Leningradi_Edasi_toimetus, lk 72
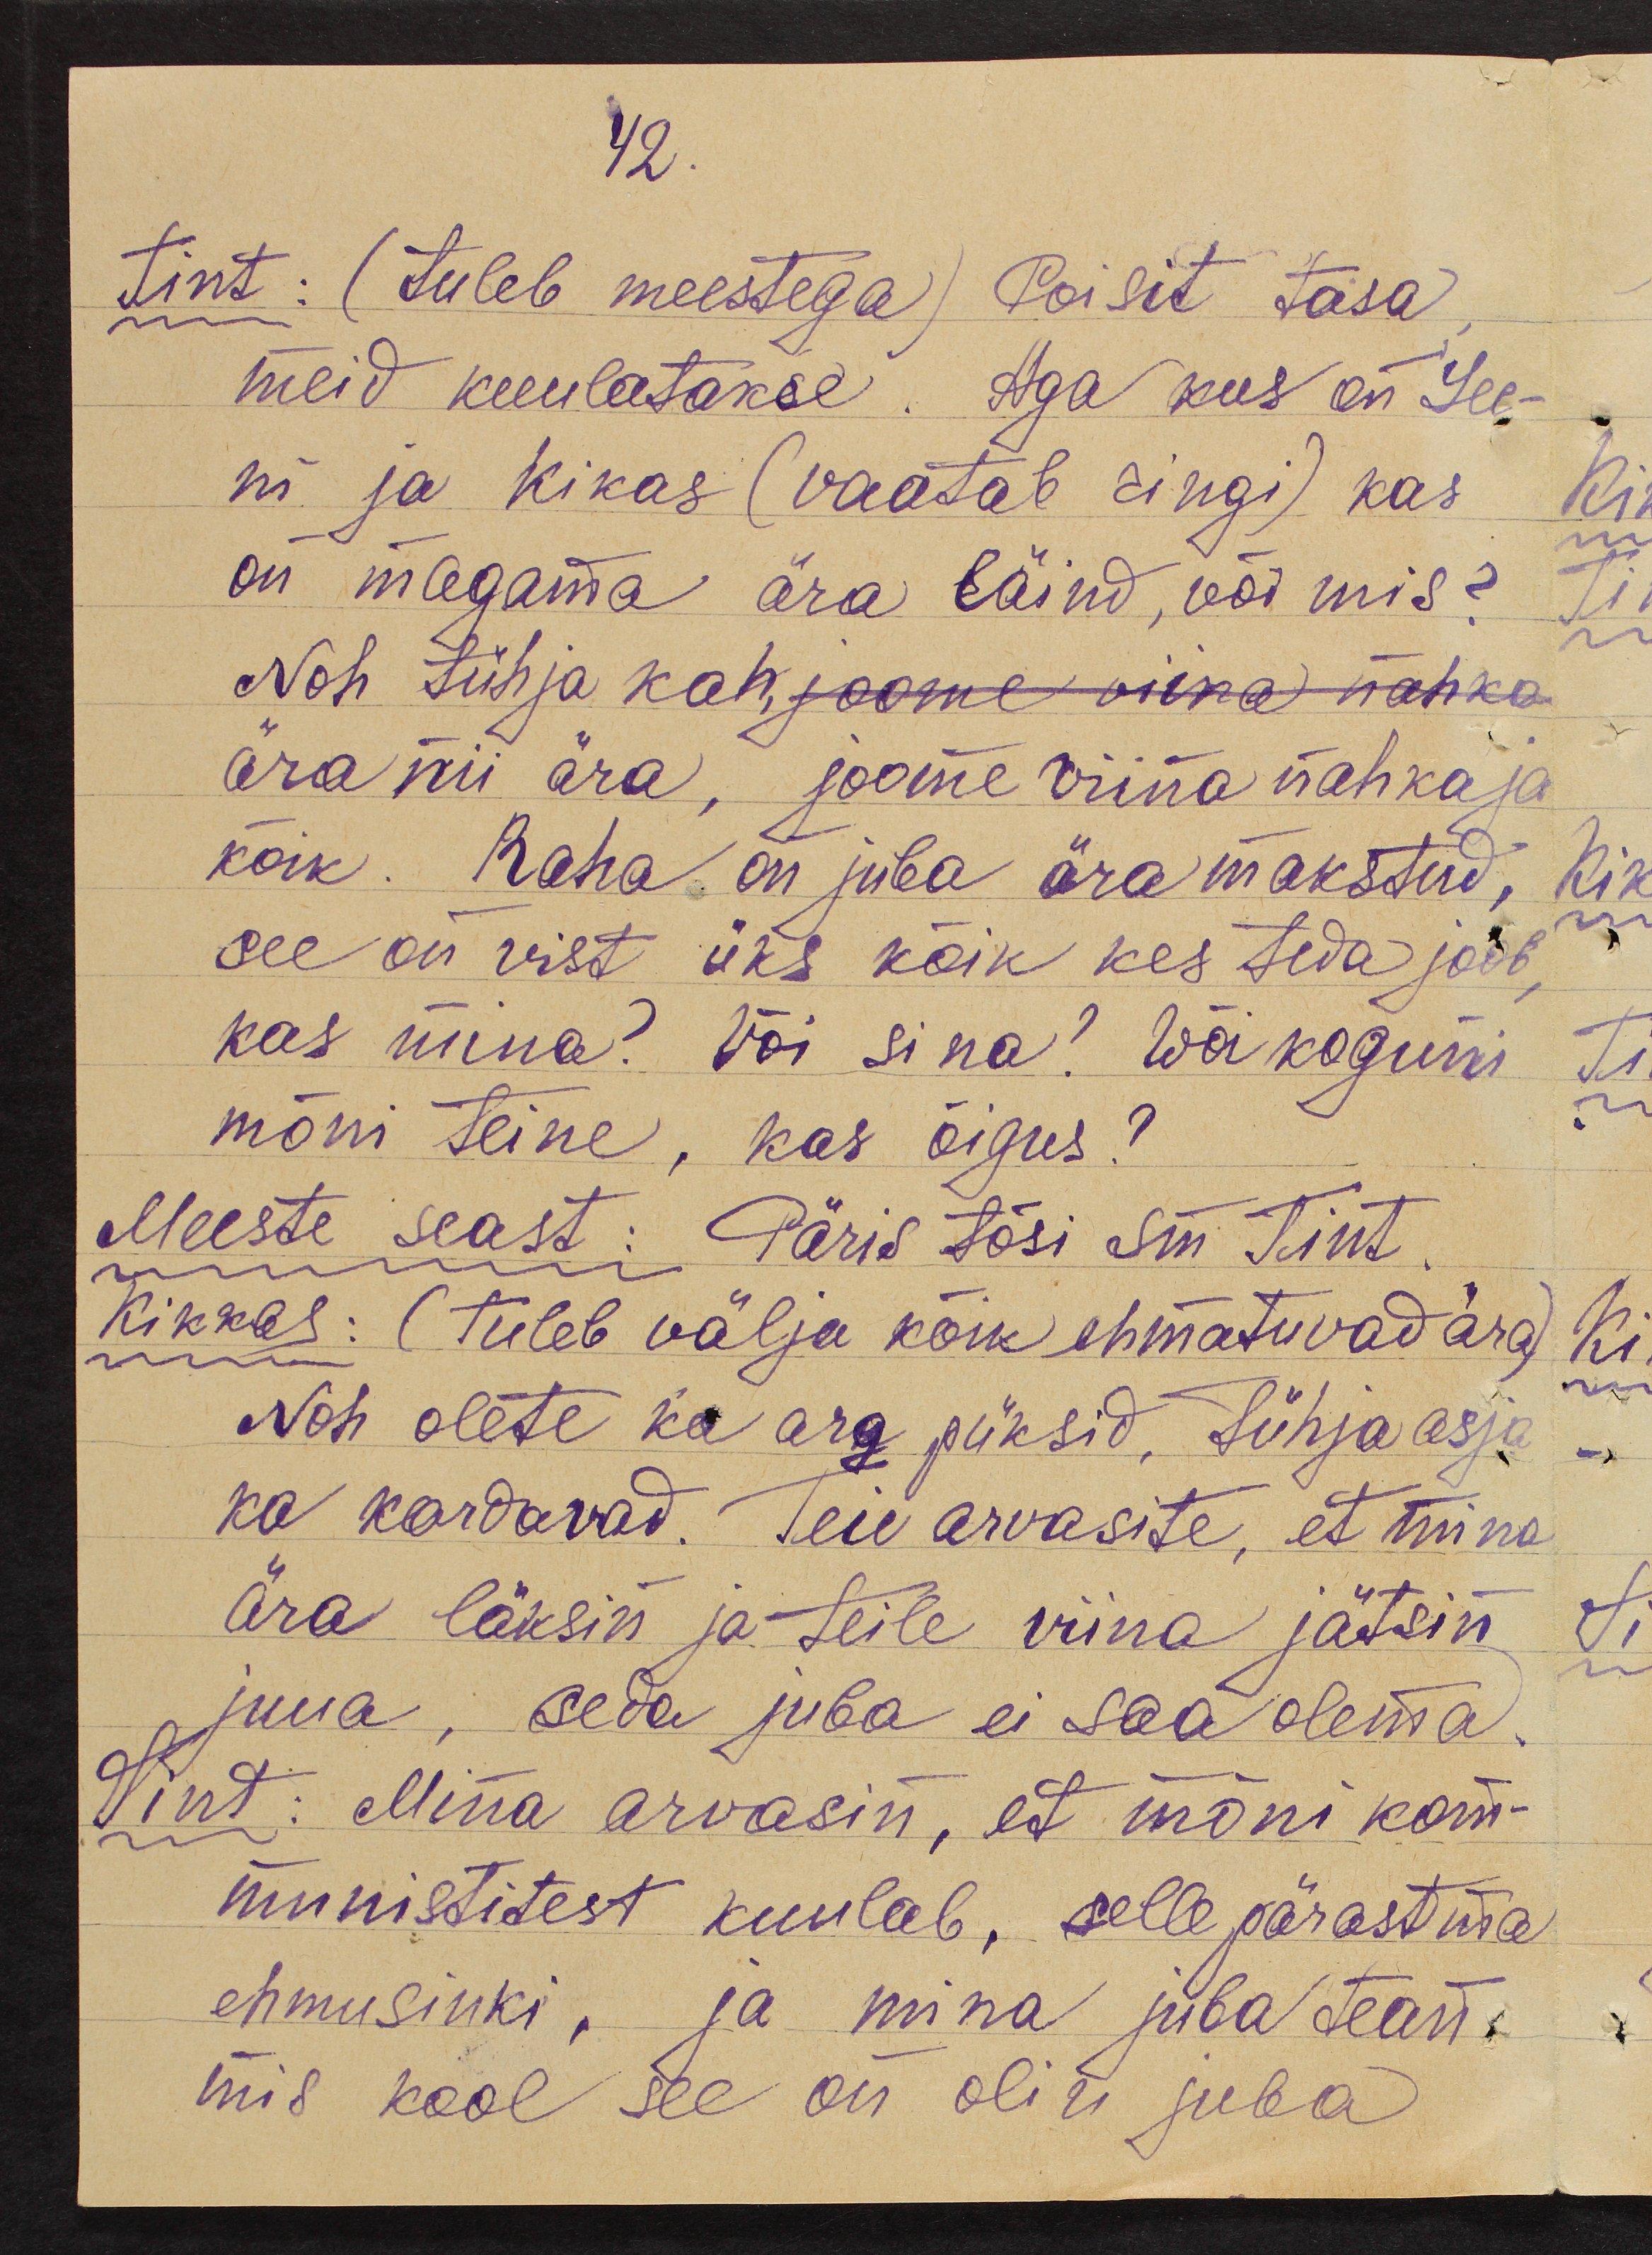
42.

Tint: (tuleb meestega) Poisit tasa,
meid kuulatakse. Aga kus on Lee-
ni ja Kikas (vaatab ringi) kas
on magama ära läind, või mis?
Noh tühja kah, joome viina nahka
ära nii ära, joome viina nahka ja
kõik. Raha on juba ära makstud,
see on vist üks kõik kes teda joob,
kas mina? Või sina? Wõi koguni
mõni teine, kas õigus?
Meeste seast: Päris tõsi sm. Tint.
Kikkas: (tuleb välja kõik ehmatuvad ära)
Noh olete ka arg püksid, tühja asja
ka kardavad. Teie arvasite, et mina
ära läksin ja teile viina jätsin
juua, seda juba ei saa olema.
Tint: Mina arvasin, et mõni kom-
munistitest kuulab, sellepärast ma
ehmusinki, ja mina juba tean
mis kool see on olin juba